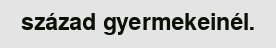
század gyermekeinél.